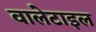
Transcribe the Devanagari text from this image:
वालेटाइल